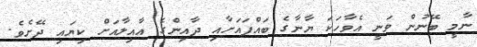
ނާމީ ބޭނުން ވަނީ އެވާހަކަ ޔާނާގެ ބައްޕައަށާއި ދާއިންގެ އާއިލާއަށް ކިޔައި ދޭށެވެ.